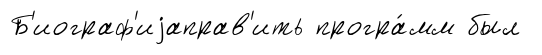
Б'иограф'иjаправ'ить програ́мм был